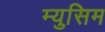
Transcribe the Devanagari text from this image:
म्युसिम